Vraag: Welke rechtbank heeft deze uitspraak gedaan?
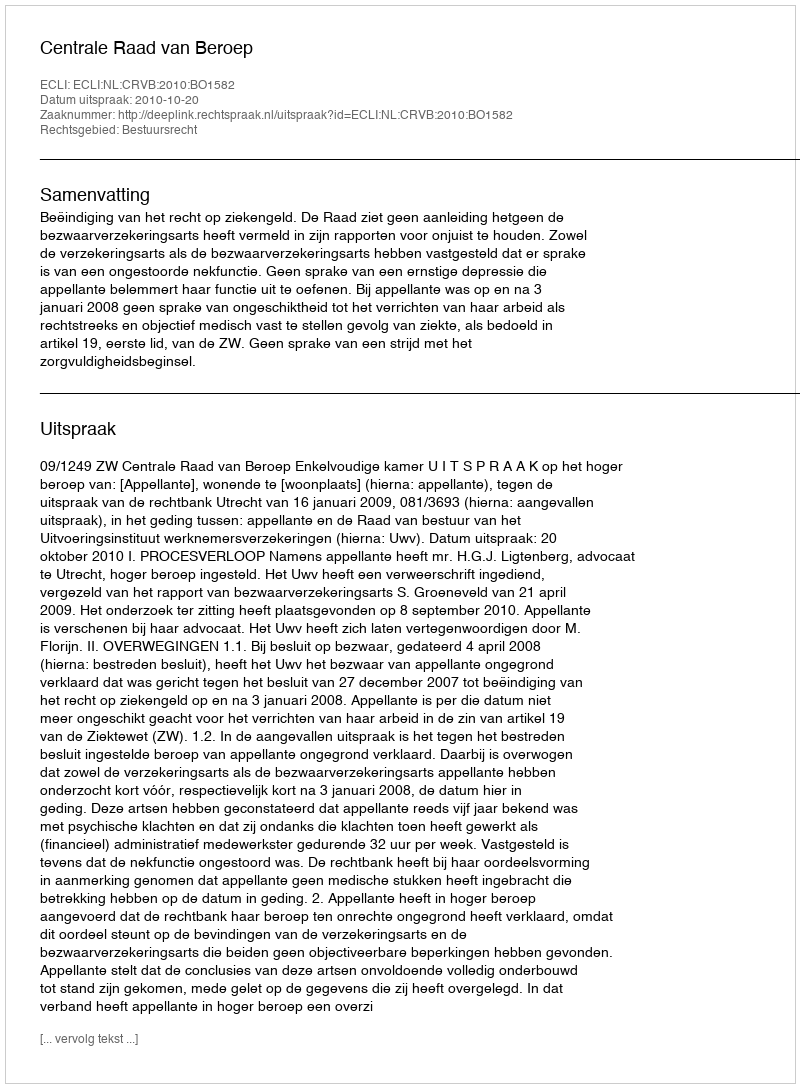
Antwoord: Centrale Raad van Beroep